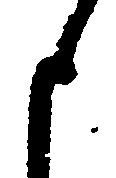
申